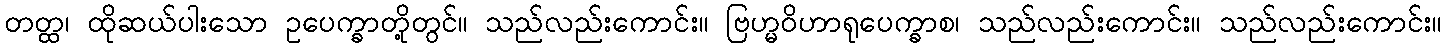
တတ္ထ၊ ထိုဆယ်ပါးသော ဥပေက္ခာတို့တွင်။ သည်လည်းကောင်း။ ဗြဟ္မဝိဟာရုပေက္ခာစ၊ သည်လည်းကောင်း။ သည်လည်းကောင်း။